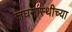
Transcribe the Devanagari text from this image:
जघनास्थीच्या